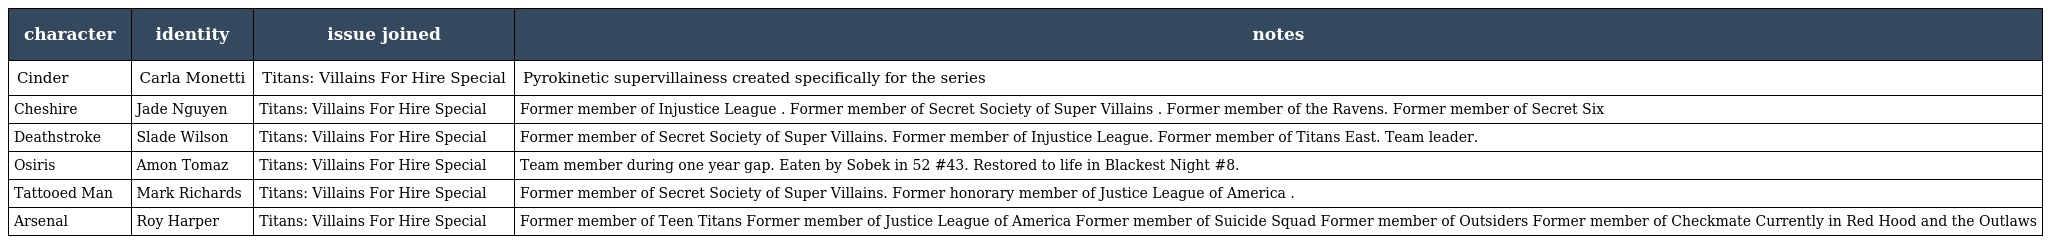
| character | identity | issue joined | notes |
 | --- | --- | --- | --- |
 | Cinder | Carla Monetti | Titans: Villains For Hire Special | Pyrokinetic supervillainess created specifically for the series |
 | Cheshire | Jade Nguyen | Titans: Villains For Hire Special | Former member of Injustice League . Former member of Secret Society of Super Villains . Former member of the Ravens. Former member of Secret Six |
 | Deathstroke | Slade Wilson | Titans: Villains For Hire Special | Former member of Secret Society of Super Villains. Former member of Injustice League. Former member of Titans East. Team leader. |
 | Osiris | Amon Tomaz | Titans: Villains For Hire Special | Team member during one year gap. Eaten by Sobek in 52 #43. Restored to life in Blackest Night #8. |
 | Tattooed Man | Mark Richards | Titans: Villains For Hire Special | Former member of Secret Society of Super Villains. Former honorary member of Justice League of America . |
 | Arsenal | Roy Harper | Titans: Villains For Hire Special | Former member of Teen Titans Former member of Justice League of America Former member of Suicide Squad Former member of Outsiders Former member of Checkmate Currently in Red Hood and the Outlaws |